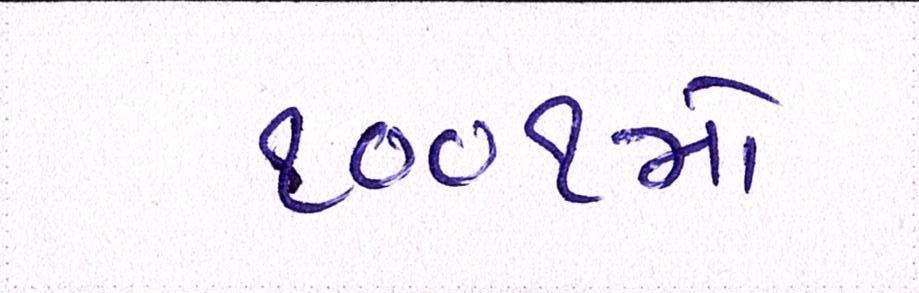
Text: ૧૦૦૧મો